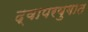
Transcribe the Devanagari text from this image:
द्वापरयुगात